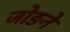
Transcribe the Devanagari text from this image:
जोङने